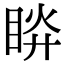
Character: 𥆵